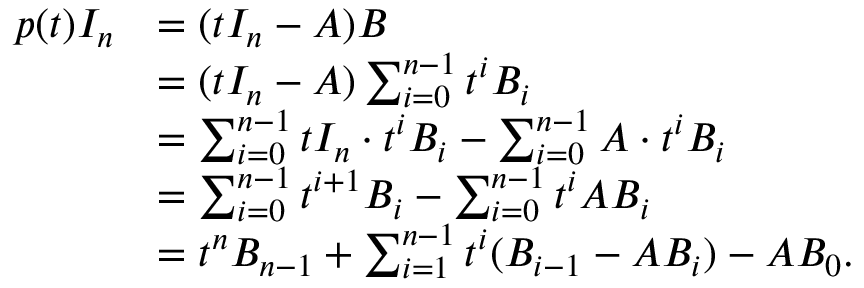
{ \begin{array} { r l } { p ( t ) I _ { n } } & { = ( t I _ { n } - A ) B } \\ & { = ( t I _ { n } - A ) \sum _ { i = 0 } ^ { n - 1 } t ^ { i } B _ { i } } \\ & { = \sum _ { i = 0 } ^ { n - 1 } t I _ { n } \cdot t ^ { i } B _ { i } - \sum _ { i = 0 } ^ { n - 1 } A \cdot t ^ { i } B _ { i } } \\ & { = \sum _ { i = 0 } ^ { n - 1 } t ^ { i + 1 } B _ { i } - \sum _ { i = 0 } ^ { n - 1 } t ^ { i } A B _ { i } } \\ & { = t ^ { n } B _ { n - 1 } + \sum _ { i = 1 } ^ { n - 1 } t ^ { i } ( B _ { i - 1 } - A B _ { i } ) - A B _ { 0 } . } \end{array} }